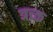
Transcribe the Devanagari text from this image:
त्रच्क